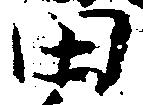
田